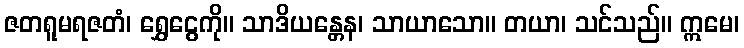
ဇတရူမရဇတံ၊ ရွှေငွေကို။ သာဒိယန္တေန၊ သာယာသော။ တယာ၊ သင်သည်။ ဣမေ၊